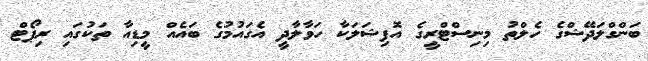
ބަންގްލަދޭޝްގެ ހެލްތު މިނިސްޓްރީގެ އޮފިޝަލަކާ ހަވާލާދީ އެގައުމުގެ ބައެއް މީޑިއާ ތަކުގައި ރިޕޯޓް